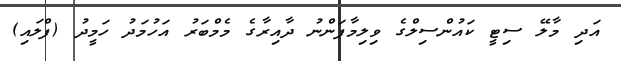
އަދި މާލޭ ސިޓީ ކައުންސިލްގެ ވިލިމާފަންނު ދާއިރާގެ މެމްބަރު އަހުމަދު ހަމީދު (ފްލައި)